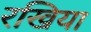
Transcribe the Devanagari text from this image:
रखिया